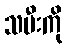
သမီးကို